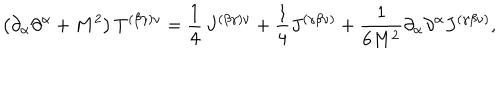
LaTeX: \left( \partial _ { \alpha } \partial ^ { \alpha } + M ^ { 2 } \right) T ^ { ( \beta \gamma ) \nu } = \frac { 1 } { 4 } \, J ^ { ( \beta \gamma ) \nu } + \frac { 1 } { 4 } J ^ { ( \gamma \beta \nu ) } + \frac { 1 } { 6 M ^ { 2 } } \partial _ { \alpha } \partial ^ { \alpha } J ^ { \left( \gamma \beta \nu \right) } ,